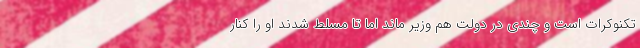
تکنوکرات است و چندی در دولت هم وزیر ماند اما تا مسلط شدند او را کنار